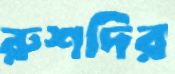
রুশদির